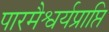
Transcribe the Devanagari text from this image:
पारमैश्वर्यप्राप्ति